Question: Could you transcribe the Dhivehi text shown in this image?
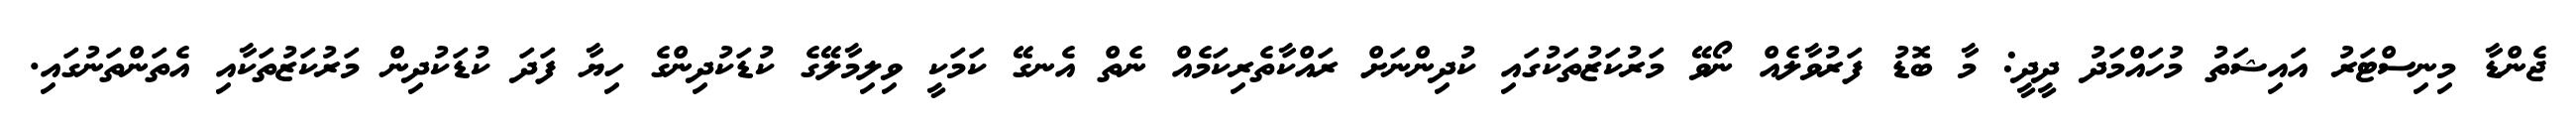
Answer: ޖެންޑާ މިނިސްޓަރު އައިޝަތު މުހައްމަދު ދީދީ: މާ ބޮޑު ފަރުވާލެއް ނޯވޭ މަރުކަޒުތަކުގައި ކުދިންނަށް ރައްކާތެރިކަމެއް ނެތް އެނގޭ ކަމަކީ ވިލިމާލޭގެ ކުޑަކުދިންގެ ހިޔާ ފަދަ ކުޑަކުދިން މަރުކަޒުތަކާއި އެތަންތަނުގައި.